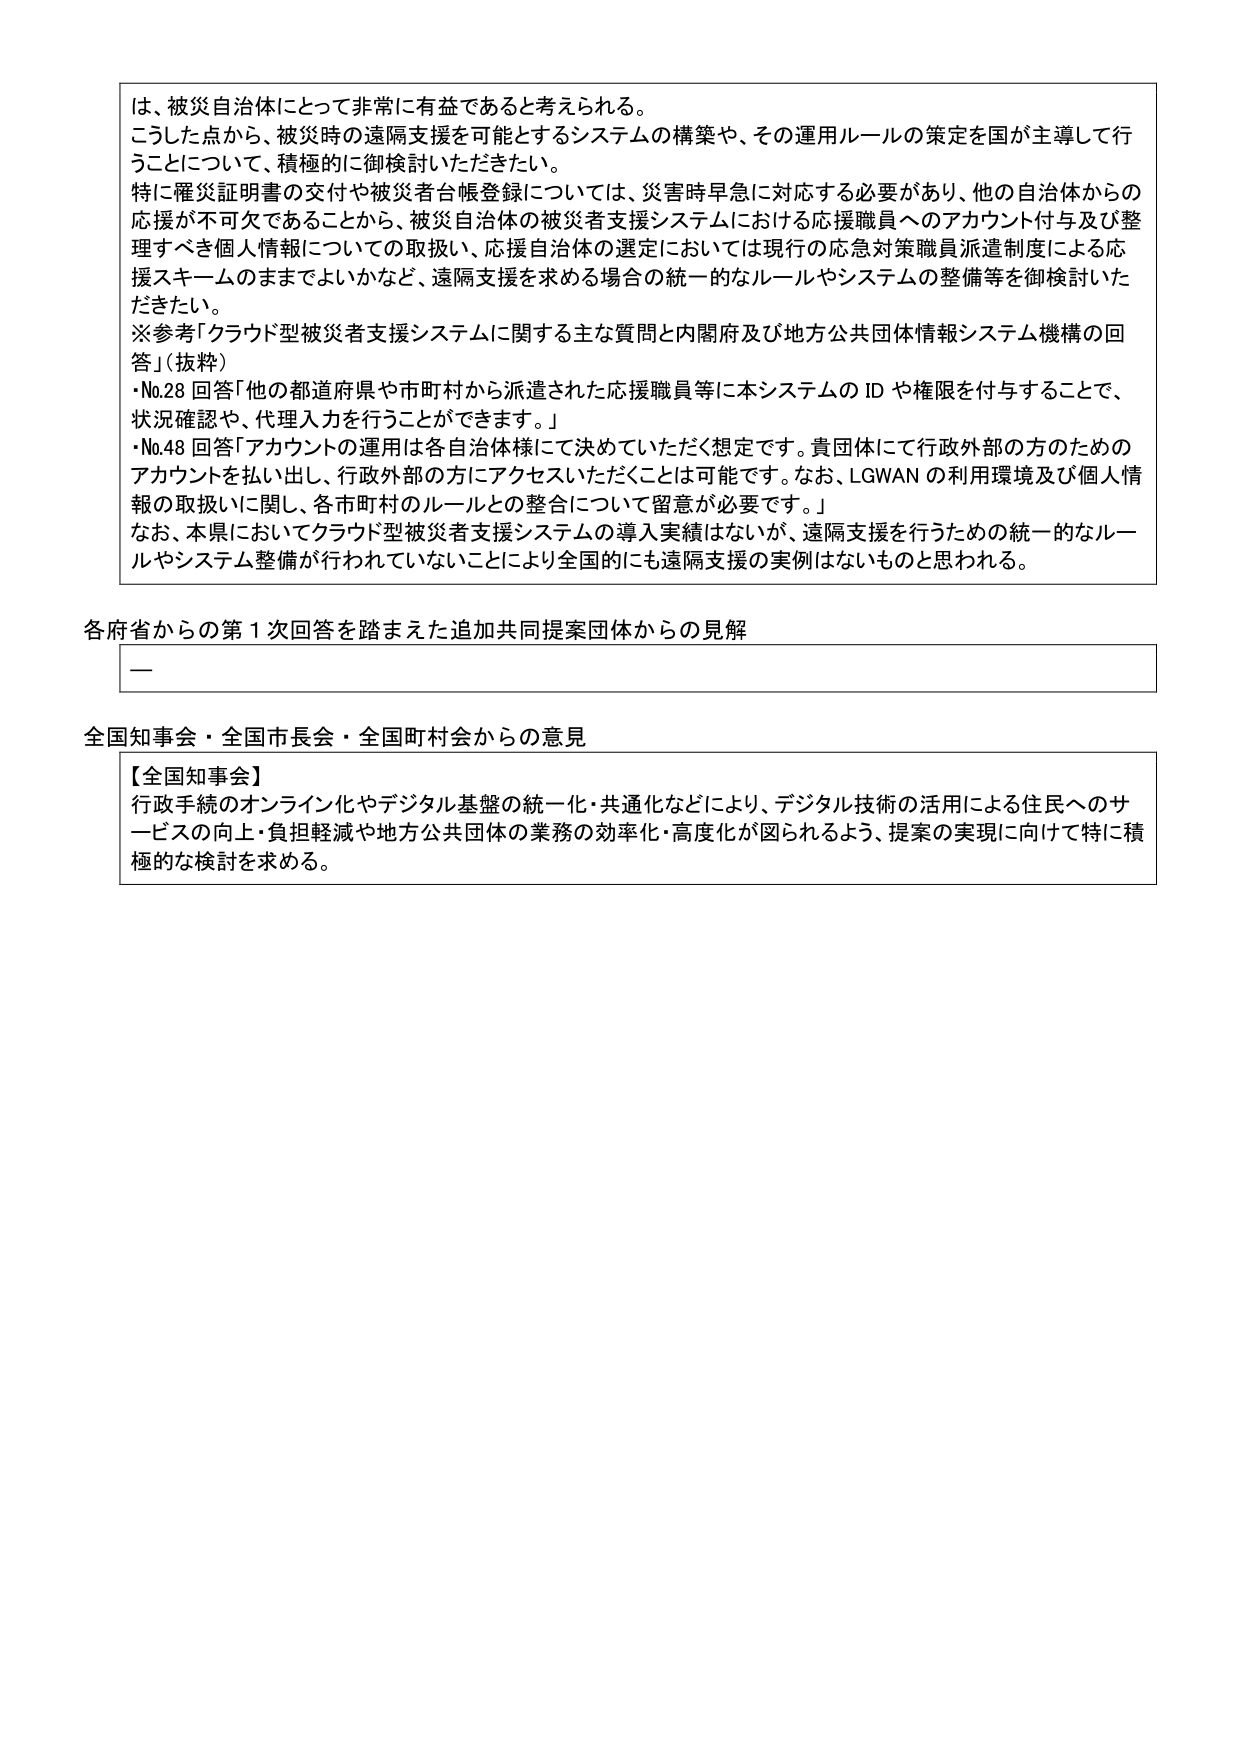
は、被災自治体にとって非常に有益であると考えられる。
こうした点から、被災時の遠隔支援を可能とするシステムの構築や、その運用ルールの策定を国が主導して行うことについて、積極的に御検討いただきたい。
特に罹災証明書の交付や被災者台帳登録については、災害時早急に対応する必要があり、他の自治体からの応援が不可欠であることから、被災自治体の被災者支援システムにおける応援職員へのアカウント付与及び整理すべき個人情報についての取扱い、応援自治体の選定においては現行の応急対策職員派遣制度による応援スキームのままでよいかなど、遠隔支援を求める場合の統一的なルールやシステムの整備等を御検討いただきたい。
※参考「クラウド型被災者支援システムに関する主な質問と内閣府及び地方公共団体情報システム機構の回答」（抜粋）
・No.28 回答「他の都道府県や市町村から派遣された応援職員等に本システムの ID や権限を付与することで、状況確認や、代理入力を行うことができます。」
・No.48 回答「アカウントの運用は各自治体様にて決めていただく想定です。貴団体にて行政外部の方のためのアカウントを払い出し、行政外部の方にアクセスいただくことは可能です。なお、LGWAN の利用環境及び個人情報の取扱いに関し、各市町村のルールとの整合について留意が必要です。」
なお、本県においてクラウド型被災者支援システムの導入実績はないが、遠隔支援を行うための統一的なルールやシステム整備が行われていないことにより全国的にも遠隔支援の実例はないものと思われる。

各府省からの第１次回答を踏まえた追加共同提案団体からの見解
――

全国知事会・全国市長会・全国町村会からの意見
【全国知事会】
行政手続のオンライン化やデジタル基盤の統一化・共通化などにより、デジタル技術の活用による住民へのサービスの向上・負担軽減や地方公共団体の業務の効率化・高度化が図られるよう、提案の実現に向けて特に積極的な検討を求める。